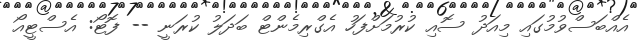
އެއްބަސްވުމުގައި މިއަދު ސޮއި ކުރުމަށްފަހު އެގްރިމެންޓް ބަދަލު ކުރަނީ -- ފޮޓޯ: އެސްޓީއޯ